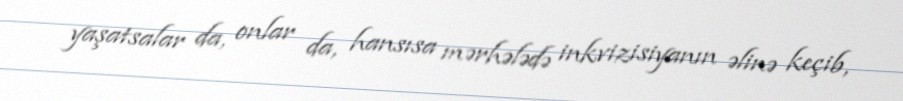
yaşatsalar da, onlar da, hansısa mərhələdə inkvizisiyanın əlinə keçib,